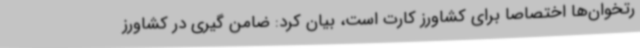
رتخوان‌ها اختصاصاً برای کشاورز کارت است، بیان کرد: ضامن گیری در کشاورز